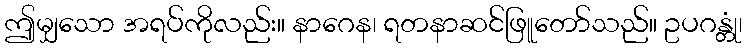
ဤမျှသော အရပ်ကိုလည်း။ နာဂေန၊ ရတနာဆင်ဖြူတော်သည်။ ဥပဂန္တုံ၊